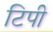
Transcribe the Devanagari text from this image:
टिपी